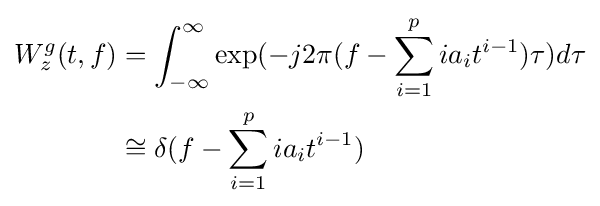
{\begin{aligned}W_{z}^{g}(t,f)&=\int _{-\infty }^{\infty }\exp(-j2\pi (f-\sum _{i=1}^{p}ia_{i}t^{i-1})\tau )d\tau \\&\cong \delta (f-\sum _{i=1}^{p}ia_{i}t^{i-1})\end{aligned}}